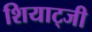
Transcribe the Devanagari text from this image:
शियाट्जी